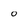
Character: 0